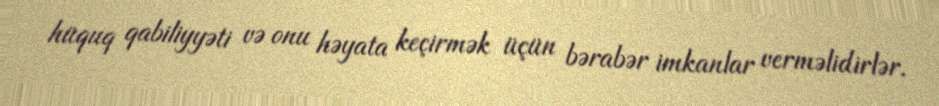
hüquq qabiliyyəti və onu həyata keçirmək üçün bərabər imkanlar verməlidirlər.